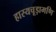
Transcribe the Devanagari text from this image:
हास्यचूड़ामणि